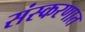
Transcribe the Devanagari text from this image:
संस्करणात